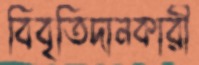
বিবৃতিদানকারী